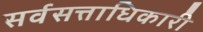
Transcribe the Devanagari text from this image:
सर्वसत्ताधिकारी